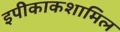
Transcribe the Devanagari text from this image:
इपीकाकशामिल